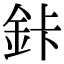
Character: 鉲